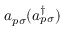
a _ { p \sigma } ( a _ { p \sigma } ^ { \dagger } )